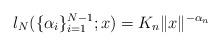
LaTeX: \begin{align*}l_N(\{\alpha_i\}_{i=1}^{N-1};x) = K_n \|x\|^{-\alpha_n} \end{align*}